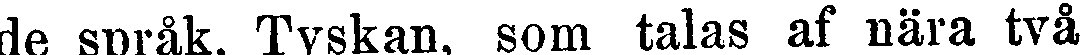
de språk. Tyskan, som talas af nära två